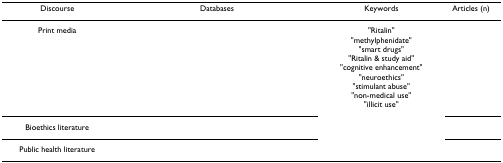
<table><thead><tr><td><b>Discourse</b></td><td><b>Databases</b></td><td><b>Keywords</b></td><td><b>Articles (n)</b></td></tr></thead><tbody><tr><td>Print media</td><td>[EMPTY_CELL]</td><td>"Ritalin""methylphenidate""smart drugs""Ritalin &amp; study aid""cognitive enhancement""neuroethics""stimulant abuse""non-medical use""illicit use"</td><td>[EMPTY_CELL]</td></tr><tr><td>Bioethics literature</td><td>[EMPTY_CELL]</td><td>[EMPTY_CELL]</td><td>[EMPTY_CELL]</td></tr><tr><td>Public health literature</td><td>[EMPTY_CELL]</td><td>[EMPTY_CELL]</td><td>[EMPTY_CELL]</td></tr></tbody></table>